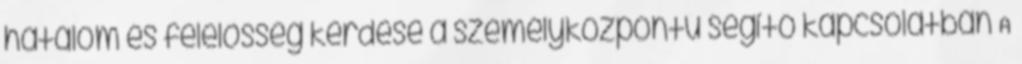
hatalom és felelősség kérdése a személyközpontú segítő kapcsolatban A